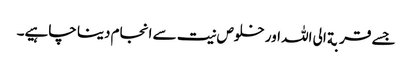
جسے قربة الی اللہ اور خلوص نیت سے انجام دینا چاہیے۔